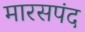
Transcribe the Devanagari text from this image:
मारसपंद